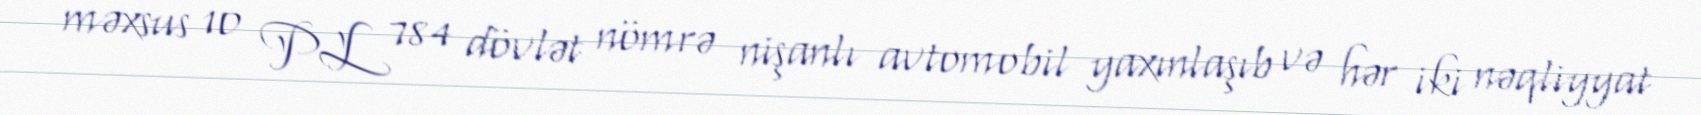
məxsus 10 PL 784 dövlət nömrə nişanlı avtomobil yaxınlaşıb və hər iki nəqliyyat